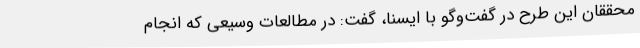
محققان این طرح در گفت‌وگو با ایسنا، گفت: در مطالعات وسیعی که انجام